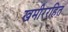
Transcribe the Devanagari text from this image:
खमीररहित